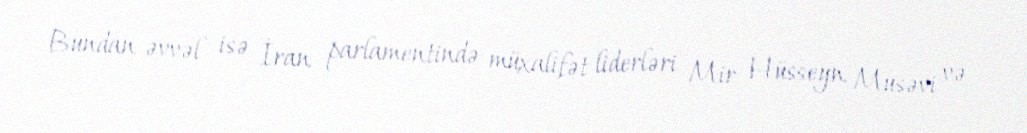
Bundan əvvəl isə İran parlamentində müxalifət liderləri Mir Hüsseyn Musəvi və